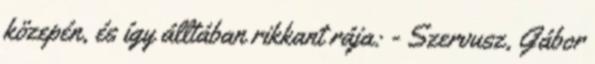
közepén, és így álltában rikkant rája: - Szervusz, Gábor